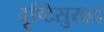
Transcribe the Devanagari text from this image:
दृष्टिसुखद